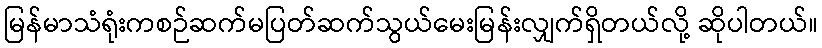
မြန်မာသံရုံးကစဉ်ဆက်မပြတ်ဆက်သွယ်မေးမြန်းလျှက်ရှိတယ်လို့ ဆိုပါတယ်။